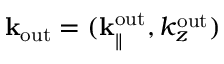
{ \bf k } _ { \mathrm { o u t } } = ( { \bf k } _ { \parallel } ^ { \mathrm { o u t } } , k _ { z } ^ { \mathrm { o u t } } )